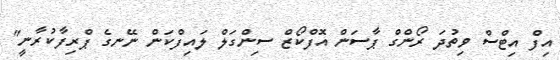
އިފް އިޓްސް ވިތުދަ ރޯންގް ޕާސަން އޮފްކޯޒް ސިންގަލް ލައިފްކަން ނޭނގެ ޕްރިފާކުރާނީ"